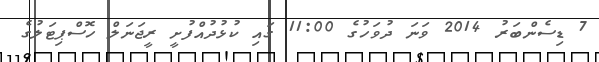
7 ޑިސެންބަރު 2014 ވަނަ ދުވަހުގެ 11:00 ގައި ކުޅުދުއްފުށީ ރީޖަނަލް ހޮސްޕިޓަލުގެ